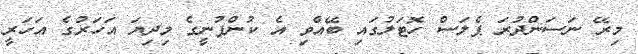
މިރޭ ނަސަންދުރަ ޕެލަސް ހޮޓަލުގައި ބޭއްވި އެ ކުންފުނީގެ މިދިޔަ އަހަރުގެ އަހަރީ